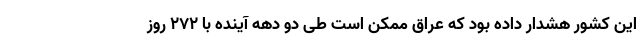
این کشور هشدار داده بود که عراق ممکن است طی دو دهه آینده با ۲۷۲ روز